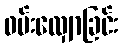
ဝမ်းလျှောခြင်း